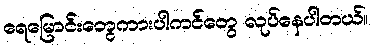
ရေမြောင်းတွေကားပါကင်တွေ လုပ်နေပါတယ်။